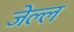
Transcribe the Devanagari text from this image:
जेल्ल